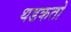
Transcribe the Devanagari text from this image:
थडकतो